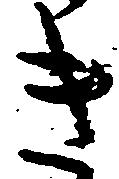
き